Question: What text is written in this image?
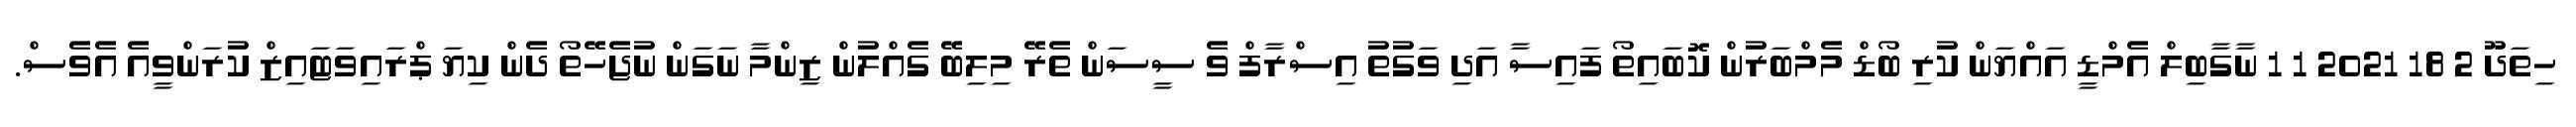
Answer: ހިތަދޫ 2 18 2021 1 1 ނާގާބިލް އެމްޑީ އައްޔަން ކުރި ބޯޑް މެމްބަރުން ކޮބައިތޯ ފައިސާ އަދި ވަގުތު އިސްރާފް ވެ ސީސަން ތެރޭ މިލިބޭ ގެއްލުން ޒިންމާ ނަގަން ނުޖެހޭތޯ ދެން ކިޔަ ޕްރައިވަޓައިޒް ކުރަންވީއެ އެވެސް.